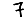
Digit: 7